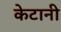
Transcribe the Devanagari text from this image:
केटानी